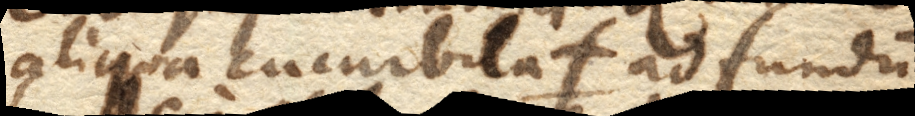
aliqua cucurbitaf. ad fundum